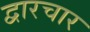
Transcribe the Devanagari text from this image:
द्वारचार